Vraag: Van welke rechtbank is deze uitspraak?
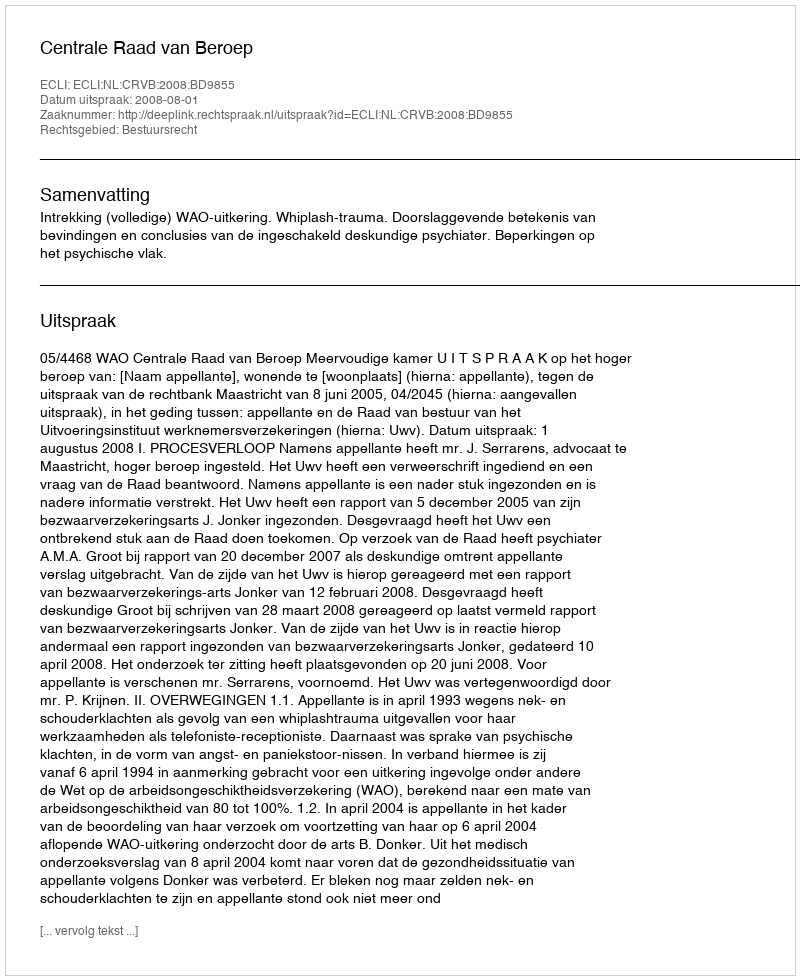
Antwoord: Centrale Raad van Beroep